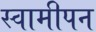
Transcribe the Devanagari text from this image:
स्वामीपन